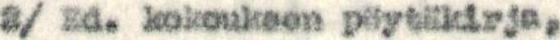
2/ Ed. kokouksen pöytäkirja,